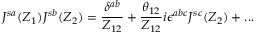
J ^ { s a } ( Z _ { 1 } ) J ^ { s b } ( Z _ { 2 } ) = \frac { \delta ^ { a b } } { Z _ { 1 2 } } + \frac { \theta _ { 1 2 } } { Z _ { 1 2 } } i \epsilon ^ { a b c } J ^ { s c } ( Z _ { 2 } ) + . . .